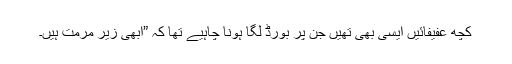
کچھ عفیفائیں ایسی بھی تھیں جن پر بورڈ لگا ہونا چاہیے تھا کہ ”ابھی زیر مرمت ہیں۔